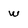
Character: w